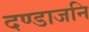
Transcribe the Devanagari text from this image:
दण्डाजनि